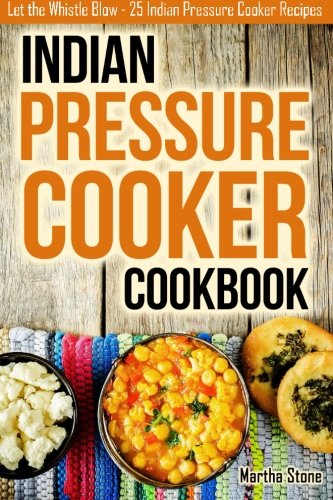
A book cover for Indian Pressure Cooker Cookbook: Let the Whistle Blow - 25 Indian Pressure Cooker Recipes; Martha Stone; Cookbooks, Food & Wine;